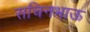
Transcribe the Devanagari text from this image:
सचिनभाऊ